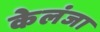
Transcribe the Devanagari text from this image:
केलंजा